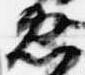
忠